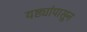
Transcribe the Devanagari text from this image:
यष्ट्यांपासून